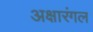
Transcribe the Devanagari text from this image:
अक्षारंगल